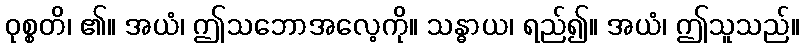
ဝုစ္စတိ၊ ၏။ အယံ၊ ဤသဘောအလေ့ကို။ သန္ဓာယ၊ ရည်၍။ အယံ၊ ဤသူသည်။